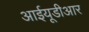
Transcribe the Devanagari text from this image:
आईयूडीआर